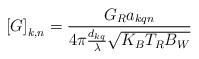
LaTeX: \begin{align*}\left[G \right]_{k,n} = \frac{G_Ra_{kqn}}{4 \pi \frac{d_{kq}}{\lambda} \sqrt{K_BT_RB_W}}\end{align*}